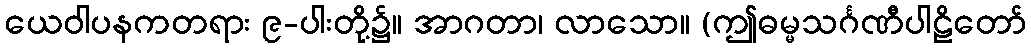
ယေဝါပနကတရား ၉-ပါးတို့၌။ အာဂတာ၊ လာသော။ (ဤဓမ္မသင်္ဂဏီပါဠိတော်